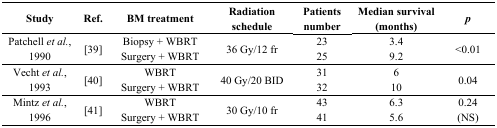
<table><thead><tr><td><b>Study</b></td><td><b>Ref.</b></td><td><b>BM treatment</b></td><td><b>Radiation schedule</b></td><td><b>Patients number</b></td><td><b>Median survival (months)</b></td><td><b><i>p</i></b></td></tr></thead><tbody><tr><td rowspan="2">Patchell <i>et al.</i>, 1990</td><td rowspan="2">[39]</td><td>Biopsy + WBRT</td><td rowspan="2">36 Gy/12 fr</td><td>23</td><td>3.4</td><td rowspan="2">&lt;0.01</td></tr><tr><td>Surgery + WBRT</td><td>25</td><td>9.2</td></tr><tr><td rowspan="2">Vecht <i>et al.</i>, 1993</td><td rowspan="2">[40]</td><td>WBRT</td><td rowspan="2">40 Gy/20 BID</td><td>31</td><td>6</td><td rowspan="2">0.04</td></tr><tr><td>Surgery + WBRT</td><td>32</td><td>10</td></tr><tr><td rowspan="2">Mintz <i>et al.</i>, 1996</td><td rowspan="2">[41]</td><td>WBRT</td><td rowspan="2">30 Gy/10 fr</td><td>43</td><td>6.3</td><td rowspan="2">0.24(NS)</td></tr><tr><td>Surgery + WBRT</td><td>41</td><td>5.6</td></tr></tbody></table>